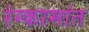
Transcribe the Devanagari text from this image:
रंग्कामांत